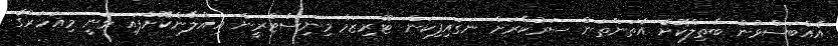
އެއްބަސްވުން ބާތިލްކޮށް އެތަންތަން ސަރުކާރަށް ނަގައިފިކަން ޓޫރިޒަމް މިނިސްޓްރީން އިއުލާންކޮށްފައި ވަނީ މިއަހަރުގެ